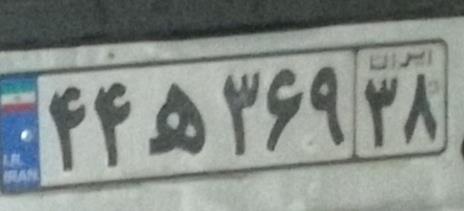
۴۴ه۳۶۹۳۸